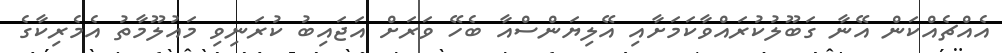
އެއްޗެއްކަން އޭނާ ގަބޫލުކުރައްވާކަމަށާއި އޭލިޔަންސްއާ ބެހޭ ވަރަށް އަޖައިބު ކުރަނިވި މައުލޫމާތު އެމެރިކާގެ